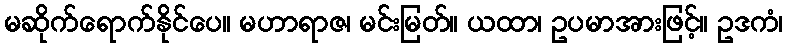
မဆိုက်ရောက်နိုင်ပေ။ မဟာရာဇ၊ မင်းမြတ်။ ယထာ၊ ဥပမာအားဖြင့်။ ဥဒကံ၊